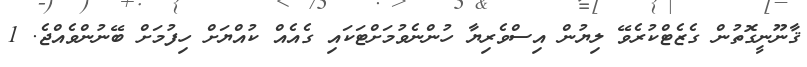
ޤާނޫނީގޮތުން ގެޒެޓްކުރެވޭ ލިޔުން އިސްވެރިޔާ ހުންނެވުމަށްޓަކައި ގެއެއް ކުއްޔަށް ހިފުމަށް ބޭނުންވެއްޖެ. 1